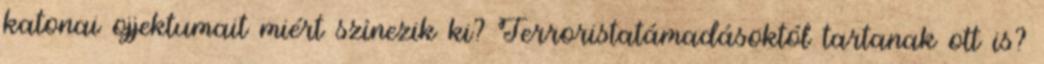
katonai ojjektumait miért színezik ki? Terroristatámadásoktól tartanak ott is?